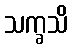
သက္ခသိ